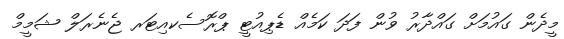
މީދެން ގައުމަށް ގައްދާރު ވުން ފަދަ ކަމެއް ޑެޕިއުޓީ ޕްރޮސެކއިޓަރ ޖެނެރަލް ޝަމީމް